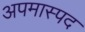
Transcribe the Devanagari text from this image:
अपमास्पद